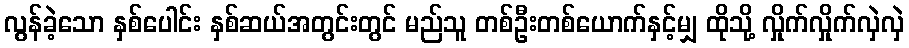
လွန်ခဲ့သော နှစ်ပေါင်း နှစ်ဆယ်အတွင်းတွင် မည်သူ တစ်ဦးတစ်ယောက်နှင့်မျှ ထိုသို့ လှိုက်လှိုက်လှဲလှဲ